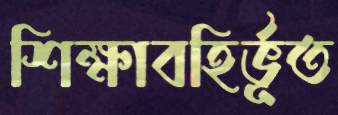
শিক্ষাবহির্ভূত